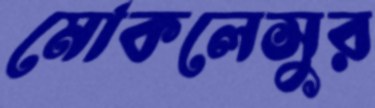
মোকলেসুর